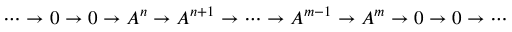
\cdots \to 0 \to 0 \to A ^ { n } \to A ^ { n + 1 } \to \cdots \to A ^ { m - 1 } \to A ^ { m } \to 0 \to 0 \to \cdots